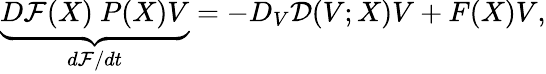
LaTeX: \underbrace{D\mathcal{F}(X)~P(X)V}_{d{\mathcal{F}}/dt}=-D_{V}\mathcal{D}(V;X)V+F(X)V,